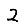
Digit: 2